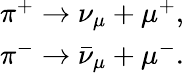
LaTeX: \begin{array}{r}{\pi^{+}\rightarrow\nu_{\mu}+\mu^{+},}\\ {\pi^{-}\rightarrow\bar{\nu}_{\mu}+\mu^{-}.}\end{array}